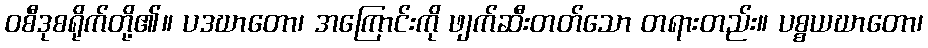
ဝစီဒုစရိုက်တို့၏။ ပဒဃာတော၊ အကြောင်းကို ဖျက်ဆီးတတ်သော တရားတည်း။ ပစ္စယဃာတော၊